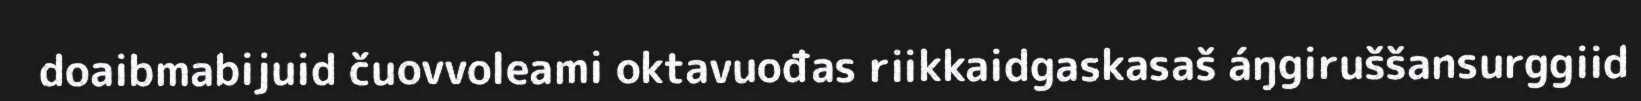
doaibmabijuid čuovvoleami oktavuođas riikkaidgaskasaš áŋgiruššansurggiid